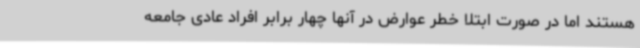
هستند اما در صورت ابتلا خطر عوارض در آنها چهار برابر افراد عادی جامعه